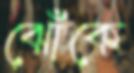
ঝোঁকে